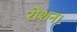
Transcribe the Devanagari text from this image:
रोशन।